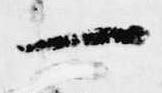
一